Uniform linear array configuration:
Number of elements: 24
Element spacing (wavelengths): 1
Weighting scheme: exponential
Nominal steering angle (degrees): -60
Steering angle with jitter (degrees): -61.496
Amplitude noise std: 0.05
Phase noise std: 0.05

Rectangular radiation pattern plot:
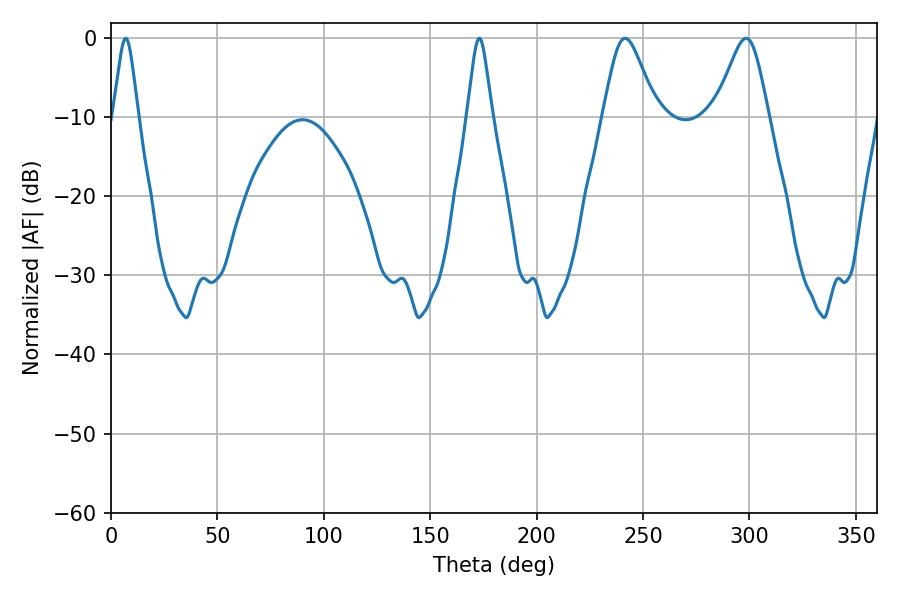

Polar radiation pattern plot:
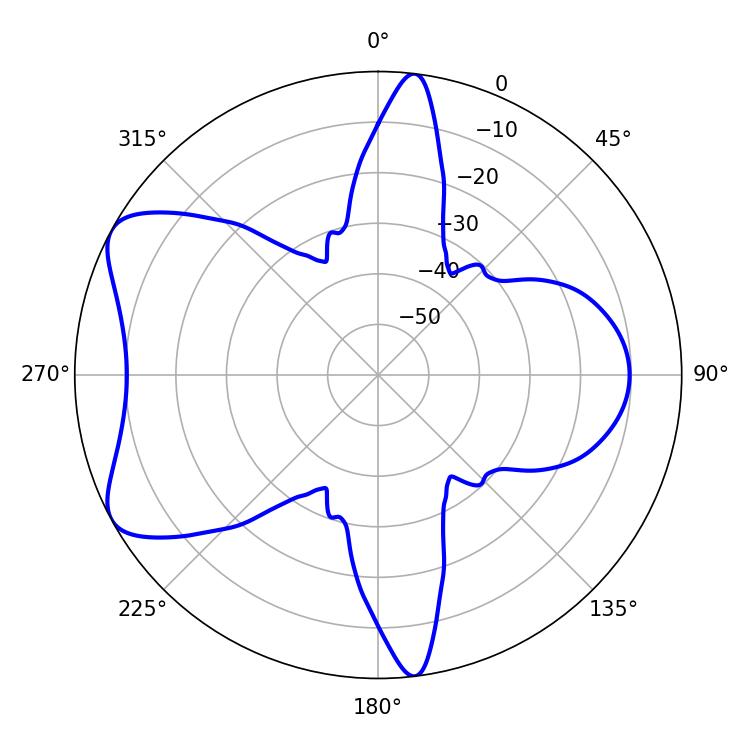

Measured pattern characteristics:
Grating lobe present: TRUE
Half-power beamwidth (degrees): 12.24
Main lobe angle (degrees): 241.56